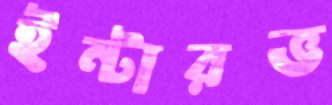
ইন্টারভ